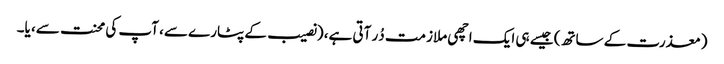
(معذرت کے ساتھ) جیسے ہی ایک اچھی ملازمت دُر آتی ہے، (نصیب کے پٹارے سے، آپ کی محنت سے، یا۔